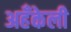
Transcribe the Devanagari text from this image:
अहँकेली